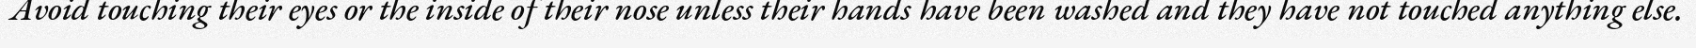
Avoid touching their eyes or the inside of their nose unless their hands have been washed and they have not touched anything else.